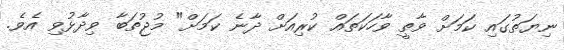
ނިޔަތުގައި ކަމަށް ވާތީ ވާހަކަތައް ކުރިއަށް ދާނެ ކަމަށް" މުޖުތަބާ ވިދާޅުވި އެވެ.